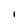
Character: I